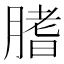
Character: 𦞯